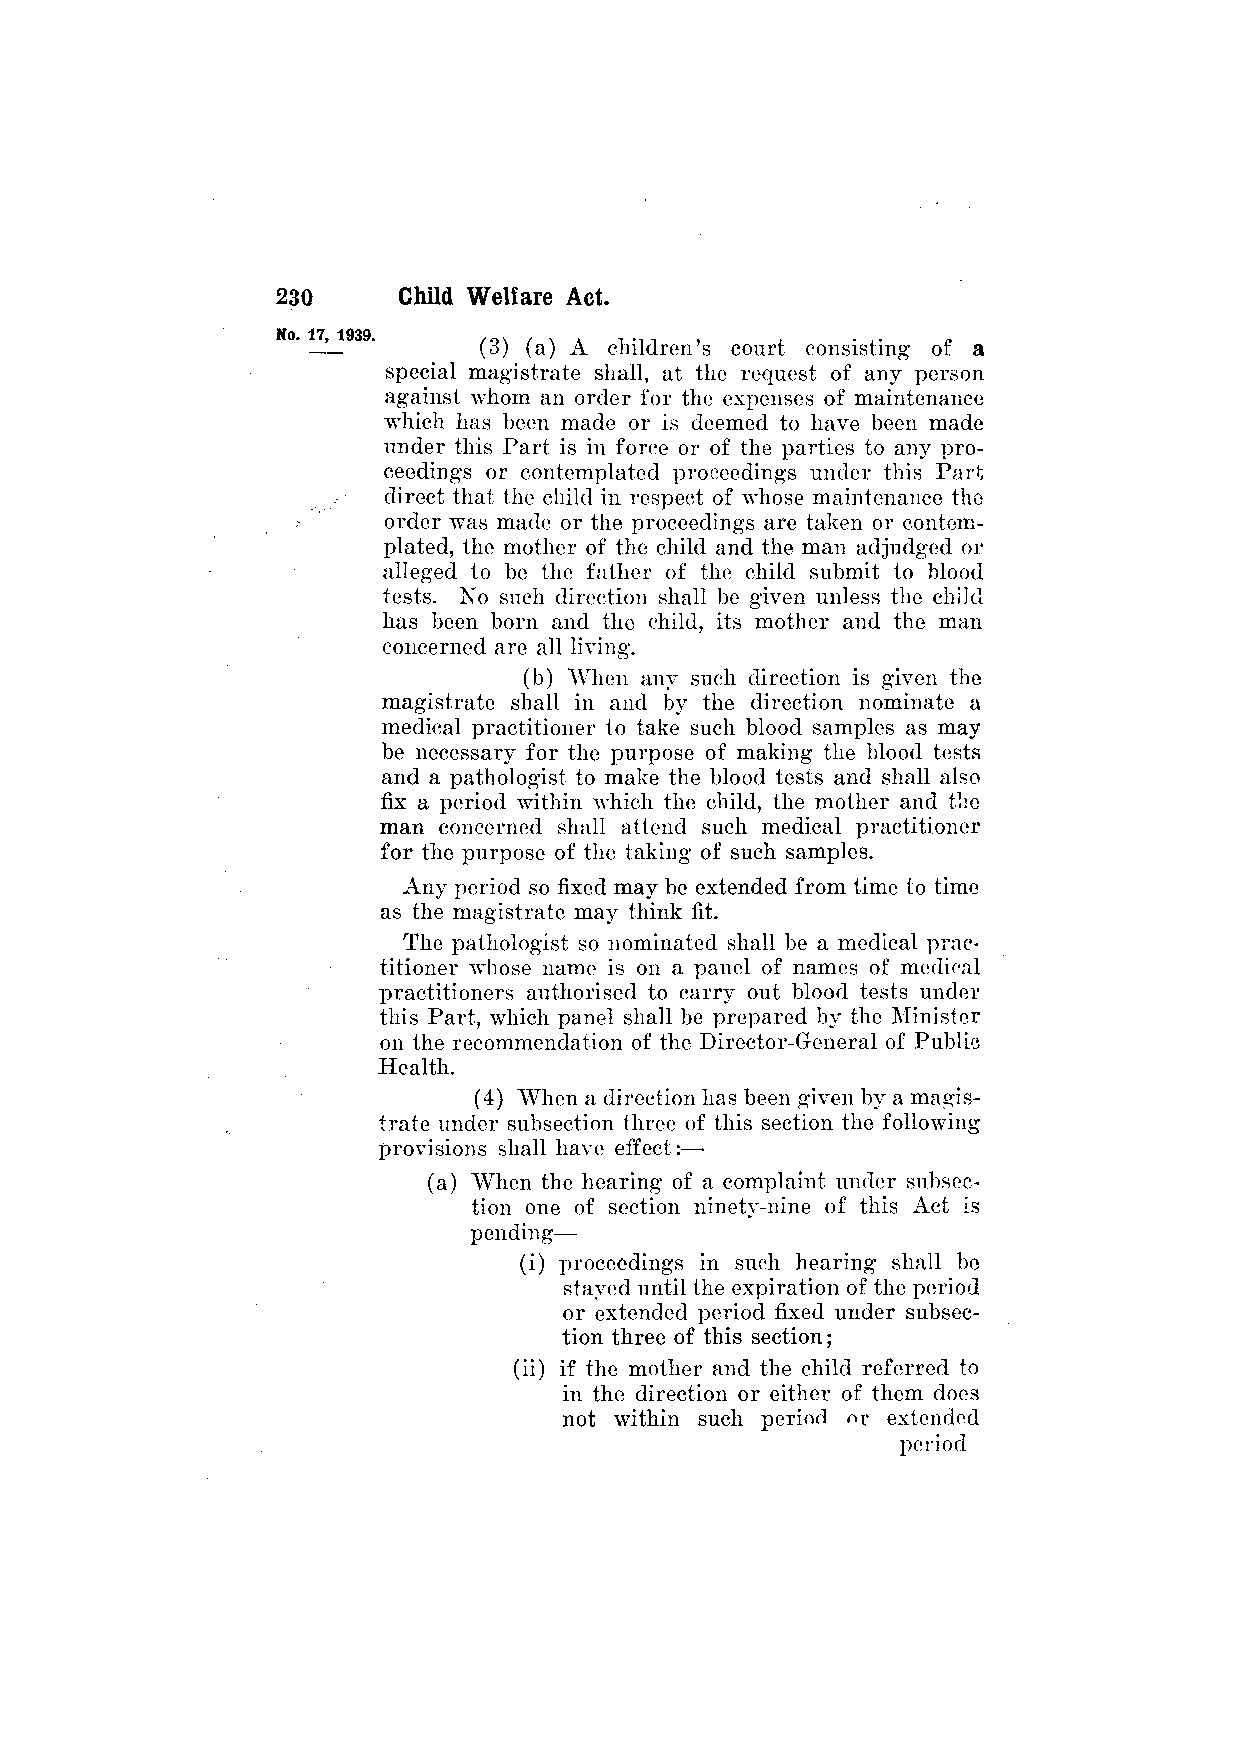
(3) (a) A children's court consisting of a
 special magistrate shall, at the request of any person
 against whom an order for the expenses of maintenance
 which has been made or is deemed to have been made
 under this Part is in force or of the parties to any pro­
 ceedings or contemplated proceedings under this Part
 direct that the child in respect of whose maintenance the
 order was made or the proceedings are taken or contem­
 plated, the mother of the child and the man adjudged or
 alleged to be the father of the child submit to blood
 tests. No such direction shall be given unless the child
 has been born and the child, its mother and the man
 concerned are all living.
 (b) When any such direction is given the
 magistrate shall in and by the direction nominate a
 medical practitioner to take such blood samples as may
 be necessary for the purpose of making the blood tests
 and a pathologist to make the blood tests and shall also
 fix a period within which the child, the mother and the
 man concerned shall attend such medical practitioner
 for the purpose of the taking of such samples.
 Any period so fixed may be extended from time to time
 as the magistrate may think fit.
 The pathologist so nominated shall be a medical prac­
 titioner whose name is on a panel of names of medical
 practitioners authorised to carry out blood tests under
 this Part, which panel shall be prepared by the Minister
 on the recommendation of the Director-General of Public
 Health.
 (4) When a direction has been given by a magis­
 trate under subsection three of this section the following
 provisions shall have effect:—
 (a) When the hearing of a complaint under subsec­
 tion one of section ninety-nine of this Act is
 pending—
 (i) proceedings in such hearing shall be
 stayed until the expiration of the period
 or extended period fixed under subsec­
 tion three of this section;
 (ii) if the mother and the child referred to
 in the direction or either of them does
 not within such period or extended
 period